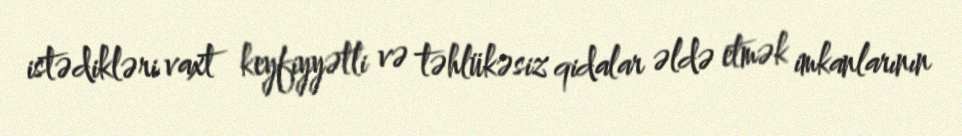
istədikləri vaxt keyfiyyətli və təhlükəsiz qidalar əldə etmək imkanlarının